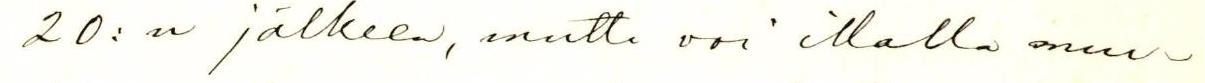
20:n jälkeen, mutta voi illalla muu-